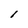
Character: l